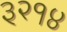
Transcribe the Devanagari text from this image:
३२१४